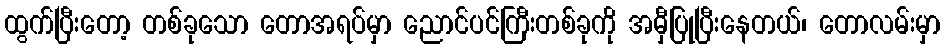
ထွက်ပြီးတော့ တစ်ခုသော တောအရပ်မှာ ညောင်ပင်ကြီးတစ်ခုကို အမှီပြုပြီးနေတယ်၊ တောလမ်းမှာ